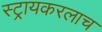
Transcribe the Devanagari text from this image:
स्ट्रायकरलाच